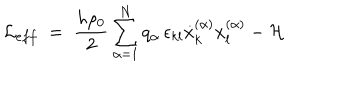
{ \mathcal L } _ { e f f } \; = \; \frac { h \rho _ { 0 } } { 2 } \sum _ { \alpha = 1 } ^ { N } q _ { \alpha } \, \epsilon _ { k l } \dot { x } _ { k } ^ { ( \alpha ) } x _ { l } ^ { ( \alpha ) } - { \mathcal H }